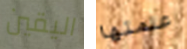
اليقين علمتها